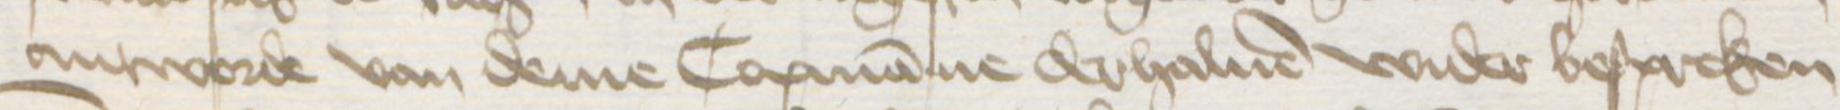
antworde van deme Copmanne derhaluen wider bespreken